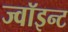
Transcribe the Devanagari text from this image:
ज्वॉइन्ट